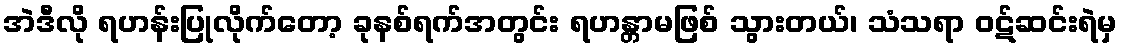
အဲဒီလို ရဟန်းပြုလိုက်တော့ ခုနစ်ရက်အတွင်း ရဟန္တာမဖြစ် သွားတယ်၊ သံသရာ ဝဋ်ဆင်းရဲမှ